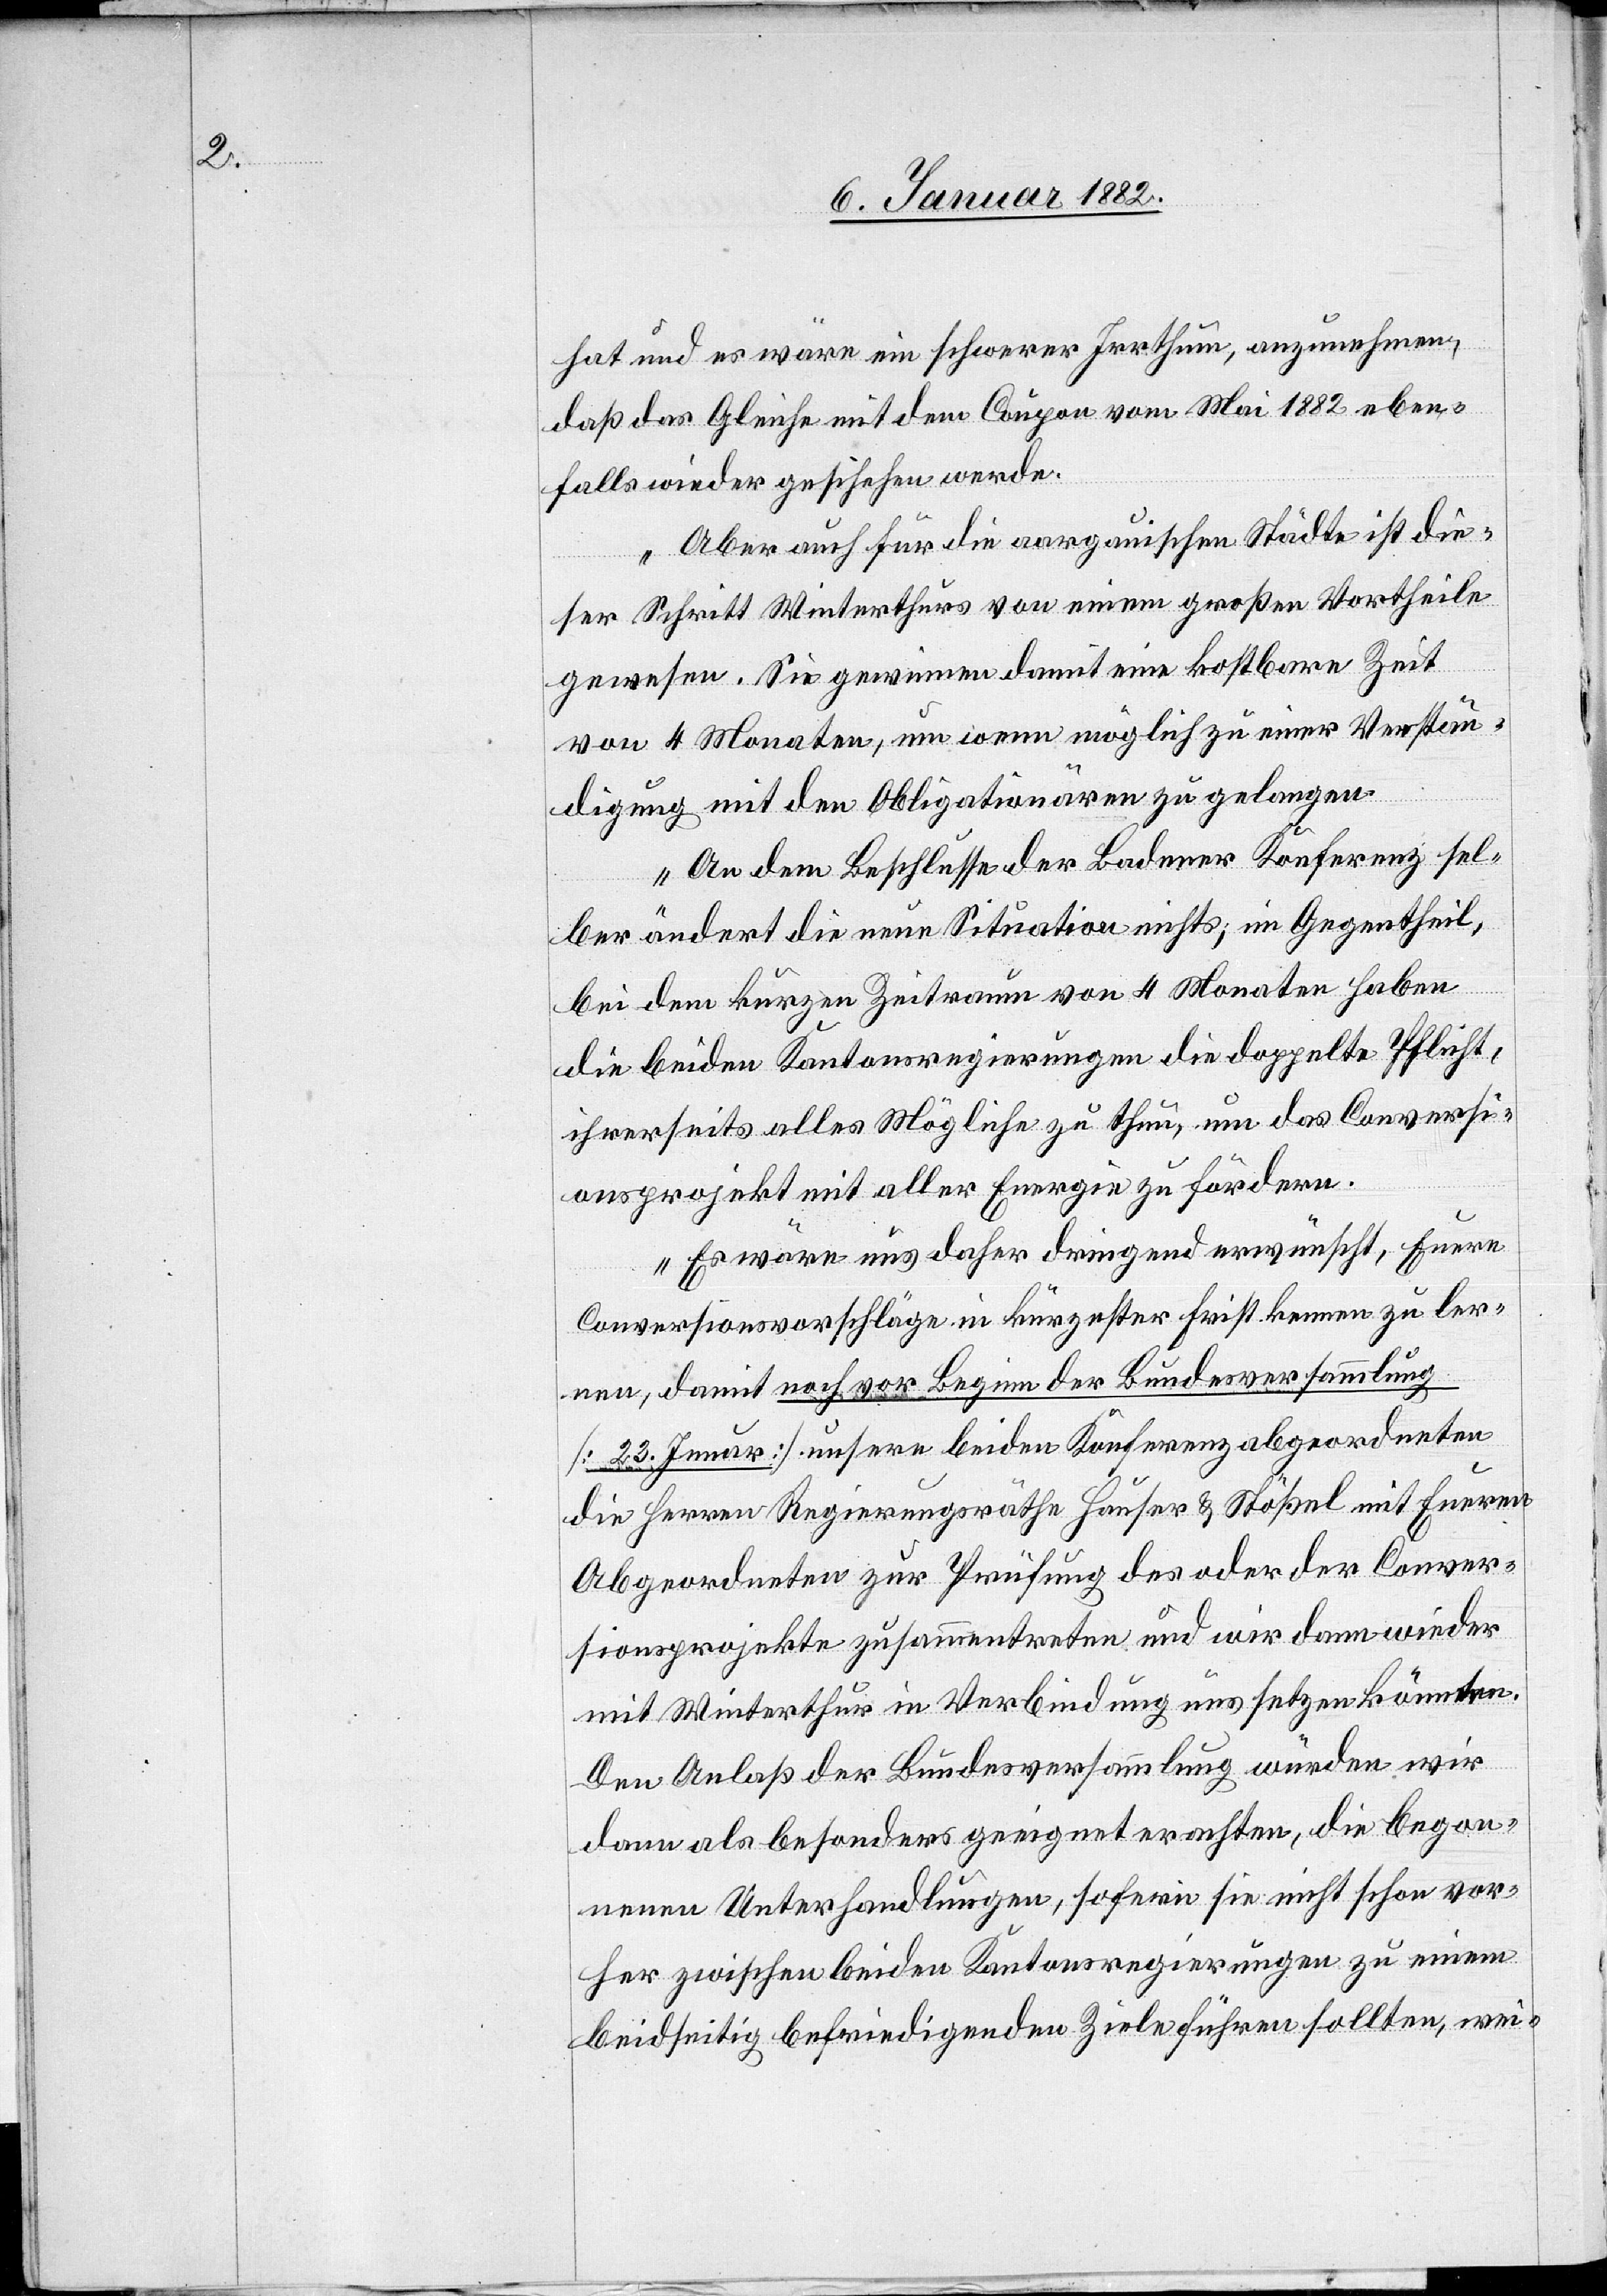
hat und es wäre ein schwerer Irrthum, anzunehmen,
daß das Gleiche mit dem Coupon vom Mai 1882 eben¬
falls wieder geschehen werde.
Aber auch für die aargauischen Städte ist die¬
ser Schritt Winterthurs von einem großen Vortheile
gewesen. Sie gewinnen damit eine kostbare Zeit
von 4 Monaten, um wenn möglich zu einer Verstän¬
digung mit den Obligationären zu gelangen.
An dem Beschlusse der Badener Konferenz sel¬
ber ändert die neue Situation nichts; im Gegentheil,
bei dem kurzen Zeitraum von 4 Monaten haben
die beiden Kantonsregierungen die doppelte Pflicht,
ihrerseits alles Mögliche zu thun, um das Conversi¬
onsprojekt mit aller Energie zu fördern.
Es wäre uns daher dringend erwünscht, Euere
Conversionsvorschläge in kürzester Frist kennen zu ler¬
nen, damit noch vor Beginn der Bundesversammlung
[23. J[a]nuar] unsere beiden Konferenzabgeordneten
die Herren Regierungsräthe Hauser & Stößel mit Eueren
Abgeordneten zur Prüfung des oder der Conver¬
sionsprojekte zusammentreten und wir dann wieder
mit Winterthur in Verbindung uns setzen könnten.
Den Anlaß der Bundesversammlung würden wir
dann als besonders geeignet erachten, die begon¬
nene Unterhandlungen, sofern sie nicht schon vor¬
her zwischen beiden Kantonsregierungen zu einem
beidseitig befriedigenden Ziele führen sollten, wei-